Annual report on the Civil Veterinary Department, Burma (including the Insein Veterinary School) - 1932-1941
Year: 1932
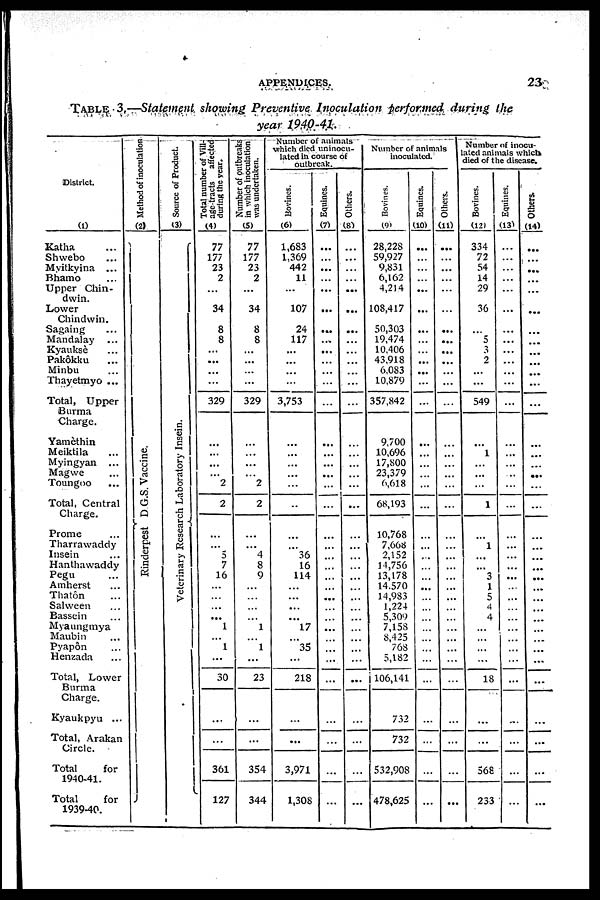
APPENDICES.
23
Table 3.—Statement showing Preventive Inoculation performed during the
year 1940-41.
District.
(0
Katha ...
Shwebo ...
Mvitkyina ...
Bhamo ...
Upper Chin-
dwin.
Lower
Chindwin.
Sagaing ...
Mandalay ...
Kyauksè ...
Pakôkku ...
Minbu ...
Thayetmyo ...
Total, Upper
Burma
Charge.
Yamèthin
Meiktila ...
Myingyan ...
Magwe ...
Toungoo
...
Total, Central
Charge.
Prome ...
Tharrawaddy
Insein ...
Hanthawaddy
Pegu ...
Amherst ...
Thatôn ...
Salween ...
Bassein ...
Myaungmya
Maubin ...
Pyapôn ...
Henzada ...
Total, Lower
Burma
Charge.
Kyaukpyu ...
Total, Arakan
Circle.
Total
for
1940-41.
Total
for
1939-40.
Method of inoculation
(2)
Rinderpest D G.S. Vacci ne.
Source of Product.
(3)
Veterinary Research Laboratory Insein.
Total number of Vill-
age-tracts affected
during the year.
(4)
77
177
23
2
...
34
8
8
...
...
...
...
329
...
...
...
...
2
2
...
...
5
7
16
...
...
...
...
1
...
1
...
30
...
361
127
Number of outbreaks
in which inoculation
was undertaken.
(5)
77
177
23
2
...
34
8
8
...
...
...
...
329
...
...
...
...
2
2
...
...
4
8
9
...
...
...
...
1
...
1
...
23
...
354
344
Number of animals
which died uninocu-
lated in course of
outbreak.
Bovines.
(6)
1,683
1,369
442
11
...
107
24
117
...
...
...
...
3,753
...
...
...
...
...
...
...
...
36
16
114
...
...
...
...
17
...
35
...
218
...
3,971
1,308
Equities.
(7)
...
...
...
...
...
...
...
...
...
...
...
...
...
...
...
...
...
...
...
...
...
...
...
...
...
...
...
...
...
...
...
...
...
...
...
...
Others.
(81
...
...
...
...
...
...
...
...
...
...
...
...
...
...
...
...
...
...
...
...
...
...
...
...
...
...
...
...
...
...
...
...
...
...
...
...
Number of animals
inoculated.
Bovines.
(9)
28,228
59,927
9,831
6,162
4,214
108,417
50,303
19,474
10,406
43,918
6,083
10,879
357,842
9,700
10,696
17,800
23,379
6,618
68,193
10,768
7,668
2,152
14,756
13,178
14,570
14,983
1,224
5,309
7,158
8,425
768
5,182
106,141
732
732
532,908
478,625
Equines.
(10)
...
...
...
...
...
...
...
...
...
...
...
...
...
...
...
...
...
...
...
...
...
...
...
...
...
...
...
...
...
...
...
...
...
...
...
...
Others.
(11)
...
...
...
...
...
...
...
...
...
...
...
...
...
...
...
...
...
...
...
...
...
...
...
...
...
...
...
...
...
...
...
...
...
...
...
Number of inocu-
ated animals which
died of the disease.
Bovines.
(12)
334
72
54
14
29
36
...
5
3
2
...
...
549
...
1
...
...
...
1
...
1
...
...
3
1
5
4
4
...
...
...
...
18
...
568
233
Equities.
(13)
...
...
...
...
...
...
...
...
...
...
...
...
...
...
...
...
...
...
...
...
...
...
...
...
...
...
...
...
...
...
...
...
...
...
...
...
Others.
(14)
...
...
...
...
...
...
...
...
...
...
...
...
...
...
...
...
...
...
...
...
...
...
...
...
...
...
...
...
...
...
...
...
...
...
...
...